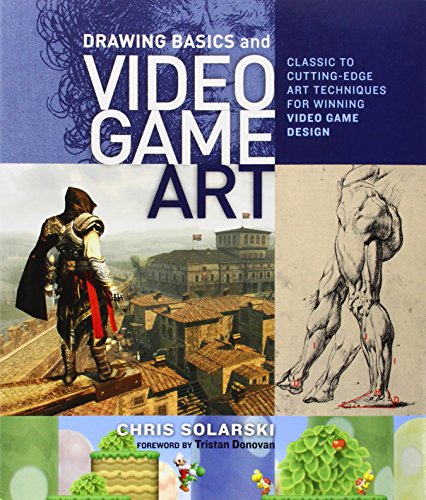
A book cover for Drawing Basics and Video Game Art: Classic to Cutting-Edge Art Techniques for Winning Video Game Design; Chris Solarski; Arts & Photography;